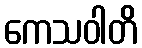
ကေသဝါတိ